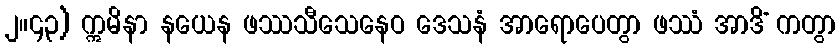
၂။၄၃) ဣမိနာ နယေန ဖဿသီသေနေဝ ဒေသနံ အာရောပေတွာ ဖဿံ အာဒိံ ကတွာ